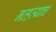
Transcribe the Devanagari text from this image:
नव्हत्याच